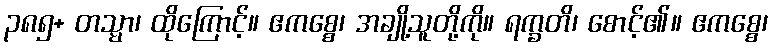
၃၈၅+ တသ္မာ၊ ထိုကြောင့်။ ဧကစ္စေ၊ အချို့သူတို့ကို။ ရက္ခတိ၊ စောင့်၏။ ဧကစ္စေ၊